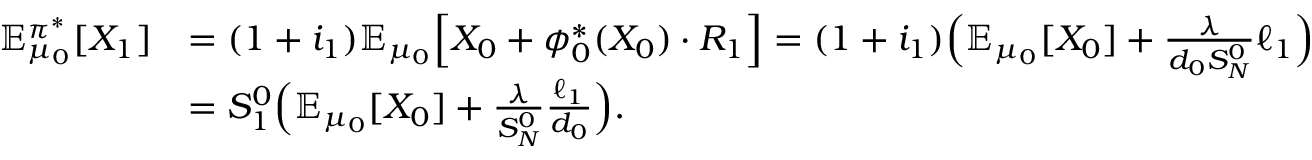
\begin{array} { r l } { \mathbb { E } _ { \mu _ { 0 } } ^ { \pi ^ { * } } [ X _ { 1 } ] } & { = ( 1 + i _ { 1 } ) \mathbb { E } _ { \mu _ { 0 } } \Big [ X _ { 0 } + \phi _ { 0 } ^ { * } ( X _ { 0 } ) \cdot R _ { 1 } \Big ] = ( 1 + i _ { 1 } ) \Big ( \mathbb { E } _ { \mu _ { 0 } } [ X _ { 0 } ] + \frac { \lambda } { d _ { 0 } S _ { N } ^ { 0 } } \ell _ { 1 } \Big ) } \\ & { = S _ { 1 } ^ { 0 } \Big ( \mathbb { E } _ { \mu _ { 0 } } [ X _ { 0 } ] + \frac { \lambda } { S _ { N } ^ { 0 } } \frac { \ell _ { 1 } } { d _ { 0 } } \Big ) . } \end{array}